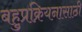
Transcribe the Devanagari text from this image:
बहुप्रक्रियनासाठी